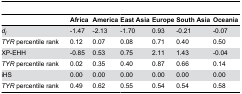
<table><thead><tr><td></td><td><b>Africa</b></td><td><b>America</b></td><td><b>East Asia</b></td><td><b>Europe</b></td><td><b>South Asia</b></td><td><b>Oceania</b></td></tr></thead><tbody><tr><td><i>d</i><sub><i>i</i></sub></td><td>-1.47</td><td>-2.13</td><td>-1.70</td><td>0.93</td><td>-0.21</td><td>-0.07</td></tr><tr><td><i>TYR</i> percentile rank</td><td>0.12</td><td>0.07</td><td>0.08</td><td>0.71</td><td>0.40</td><td>0.50</td></tr><tr><td>XP-EHH</td><td>-0.85</td><td>0.53</td><td>0.75</td><td>2.11</td><td>1.43</td><td>-0.04</td></tr><tr><td><i>TYR</i> percentile rank</td><td>0.02</td><td>0.35</td><td>0.40</td><td>0.87</td><td>0.66</td><td>0.14</td></tr><tr><td>iHS</td><td>0.00</td><td>0.00</td><td>0.00</td><td>0.00</td><td>0.00</td><td>0.00</td></tr><tr><td><i>TYR</i> percentile rank</td><td>0.49</td><td>0.62</td><td>0.55</td><td>0.54</td><td>0.54</td><td>0.58</td></tr></tbody></table>